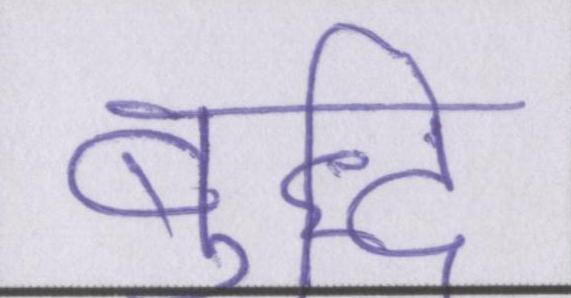
बुद्धि